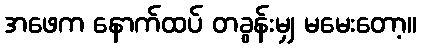
အဖေက နောက်ထပ် တခွန်းမျှ မမေးတော့။